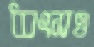
ধ্বংসও